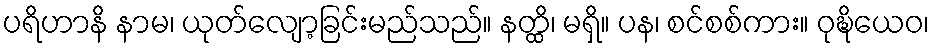
ပရိဟာနိ နာမ၊ ယုတ်လျော့ခြင်းမည်သည်။ နတ္ထိ၊ မရှိ။ ပန၊ စင်စစ်ကား။ ဝုဍ္ဎိယေဝ၊